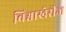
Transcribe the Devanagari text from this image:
विश्वाखेरीज